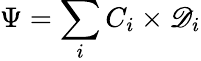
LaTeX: \Psi=\sum_{i}C_{i}\times\mathscr{D}_{i}